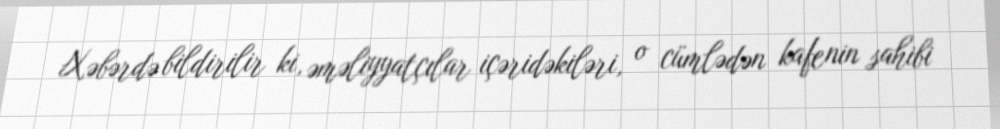
Xəbərdə bildirilir ki, əməliyyatçılar içəridəkiləri, o cümlədən kafenin sahibi